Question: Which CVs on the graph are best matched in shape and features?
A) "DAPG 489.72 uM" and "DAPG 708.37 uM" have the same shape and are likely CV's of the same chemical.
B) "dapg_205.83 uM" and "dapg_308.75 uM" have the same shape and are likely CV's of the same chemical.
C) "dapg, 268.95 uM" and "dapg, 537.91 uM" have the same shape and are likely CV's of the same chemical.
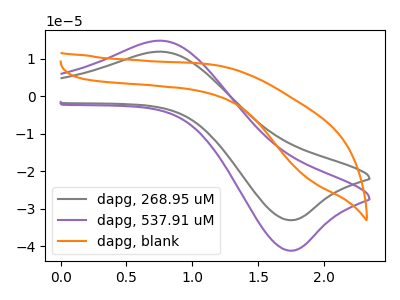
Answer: <think>The gray curve "dapg, 268.95 uM" has an anodic peak at (0.75V, 11.90uA) and a cathodic peak at (1.75V, -33.10uA). The purple curve "dapg, 537.91 uM" has an anodic peak at (0.75V, 14.85uA) and a cathodic peak at (1.75V, -41.20uA). The orange curve "dapg, blank" has no peaks.
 All the peaks in "dapg, 268.95 uM" have a peak in "dapg, 537.91 uM" at the same potential. Every peak in "dapg, 268.95 uM" is lower than every peak in "dapg, 537.91 uM". "dapg, 268.95 uM" and "dapg, blank" have a different number of peaks. "dapg, 537.91 uM" and "dapg, blank" have a different number of peaks.</think>
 <answer>C) "dapg, 268.95 uM" and "dapg, 537.91 uM" have the same shape and are likely CV's of the same chemical.</answer>
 <eval>C</eval>